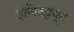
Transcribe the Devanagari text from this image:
इन्स्टिट्टयूट